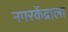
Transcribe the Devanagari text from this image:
नगरकेंद्राला